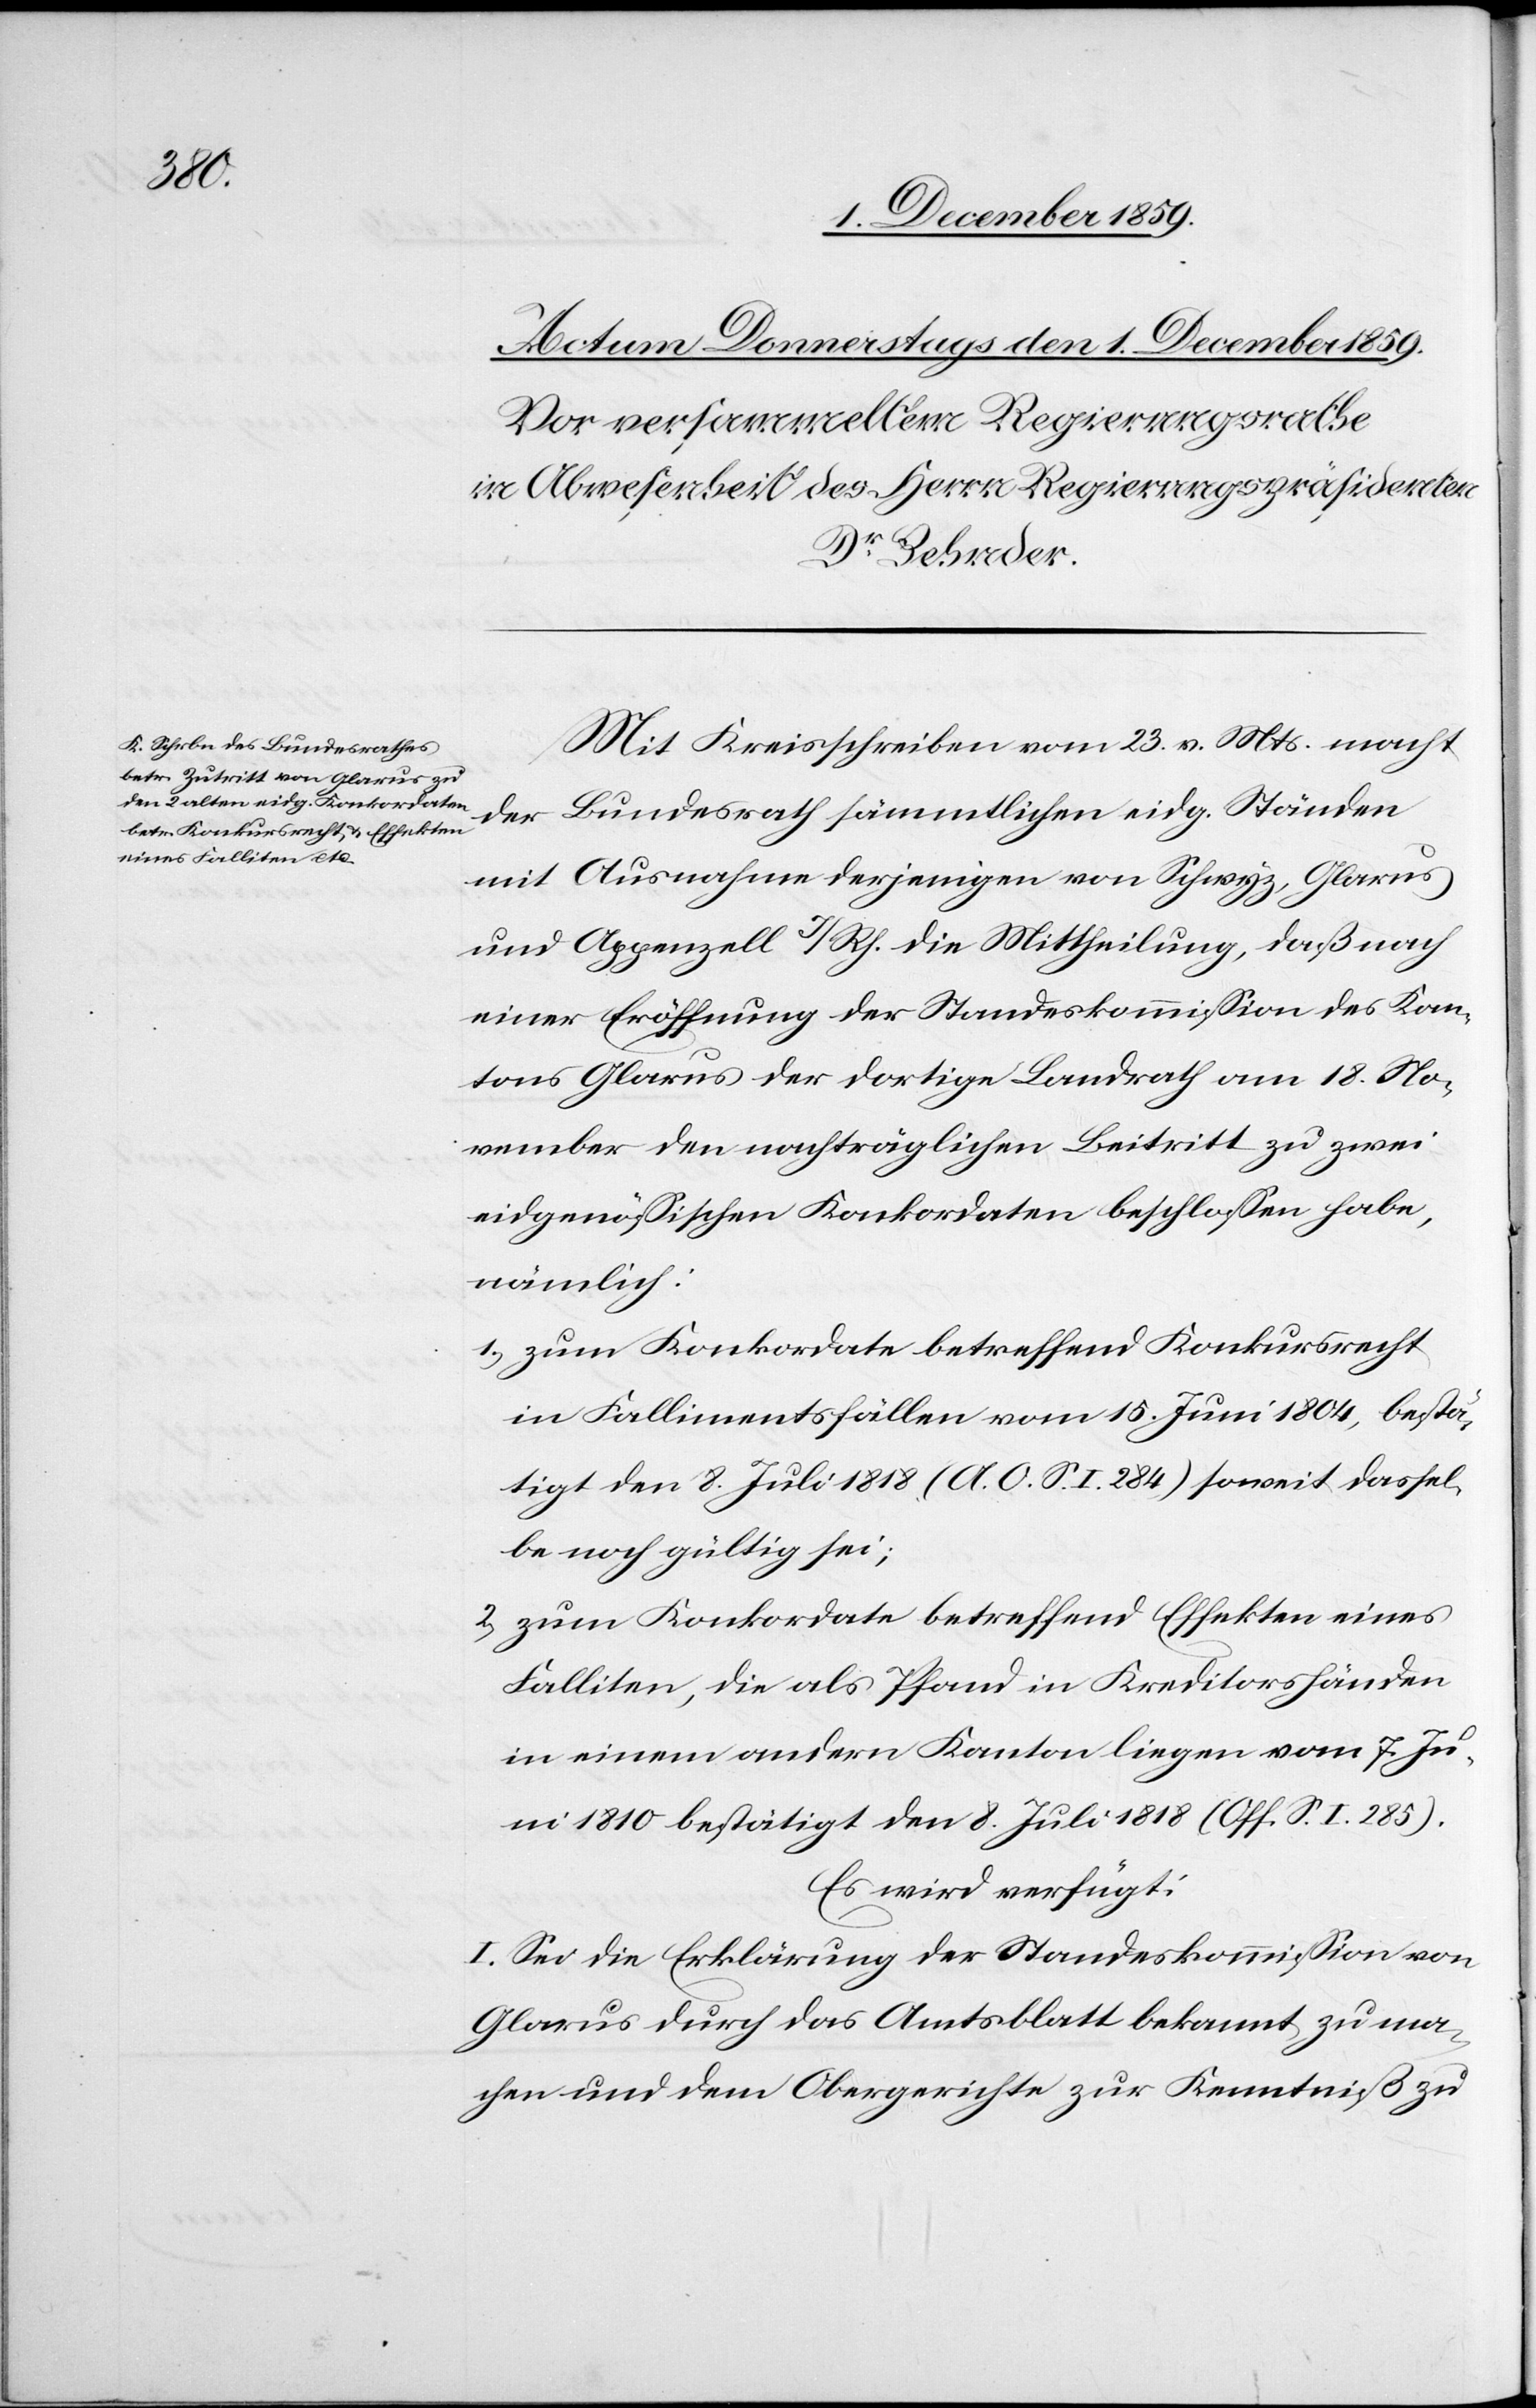
Mit Kreisschreiben vom 23. v. Mts. macht
der Bundesrath sämmtlichen eidg. Ständen
mit Ausnahme derjenigen von Schwyz, Glarus
und Appenzell I/Rh. die Mittheilung, daß nach
einer Eröffnung der Standeskommission des Kan¬
tons Glarus der dortige Landrath vom 18. No¬
vember den nachträglichen Beitritt zu zwei
eidgenössischen Konkordaten beschlossen habe,
nämlich:
1) zum Konkordate betreffend Konkursrecht
in Fallimentsfällen vom 15. Juni 1804, bestä¬
tigt den 8. Juni 1818 (A. O. S. I. 284) soweit dassel¬
be noch gültig sei;
2) zum Konkordate betreffend Effekten eines
Falliten, die als Pfand in Kreditorshänden
in einem andern Kanton liegen vom 7. Ju¬
ni 1810 bestätigt den 8. Juni 1818 (Off. S. I. 285).
Es wird verfügt:
I. Sei die Erklärung der Standeskommission von
Glarus durch das Amtsblatt bekannt zu ma¬
chen und dem Obergerichte zur Kenntniß zu